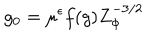
g _ { 0 } = \mu ^ { \epsilon } f ( g ) Z _ { \Phi } ^ { - 3 / 2 }